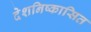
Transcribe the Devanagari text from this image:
देशनिष्कासित